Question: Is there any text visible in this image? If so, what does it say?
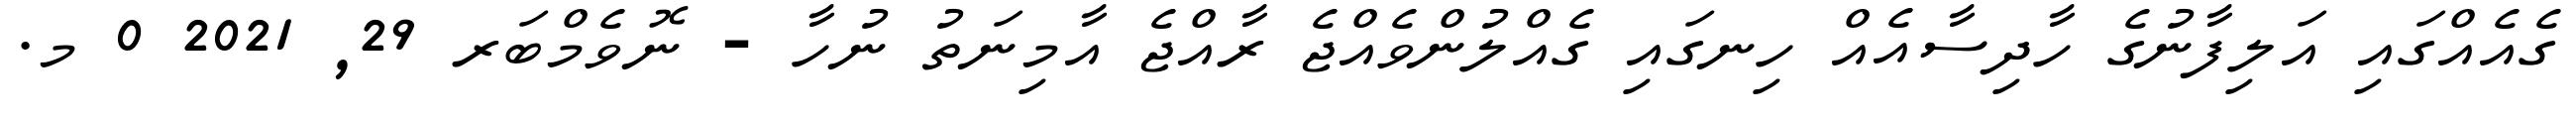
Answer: ގެއެއްގައި އަލިފާނުގެ ހާދިސާއެއް ހިނގައި ގެއްލުންވެއްޖެ ރާއްޖެ އާމިނަތު ނުހާ - ނޮވެމްބަރ 29, 2021 0 މ.